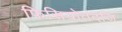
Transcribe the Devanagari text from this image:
फिसियोतदजि